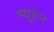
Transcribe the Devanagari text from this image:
म्यूडेन